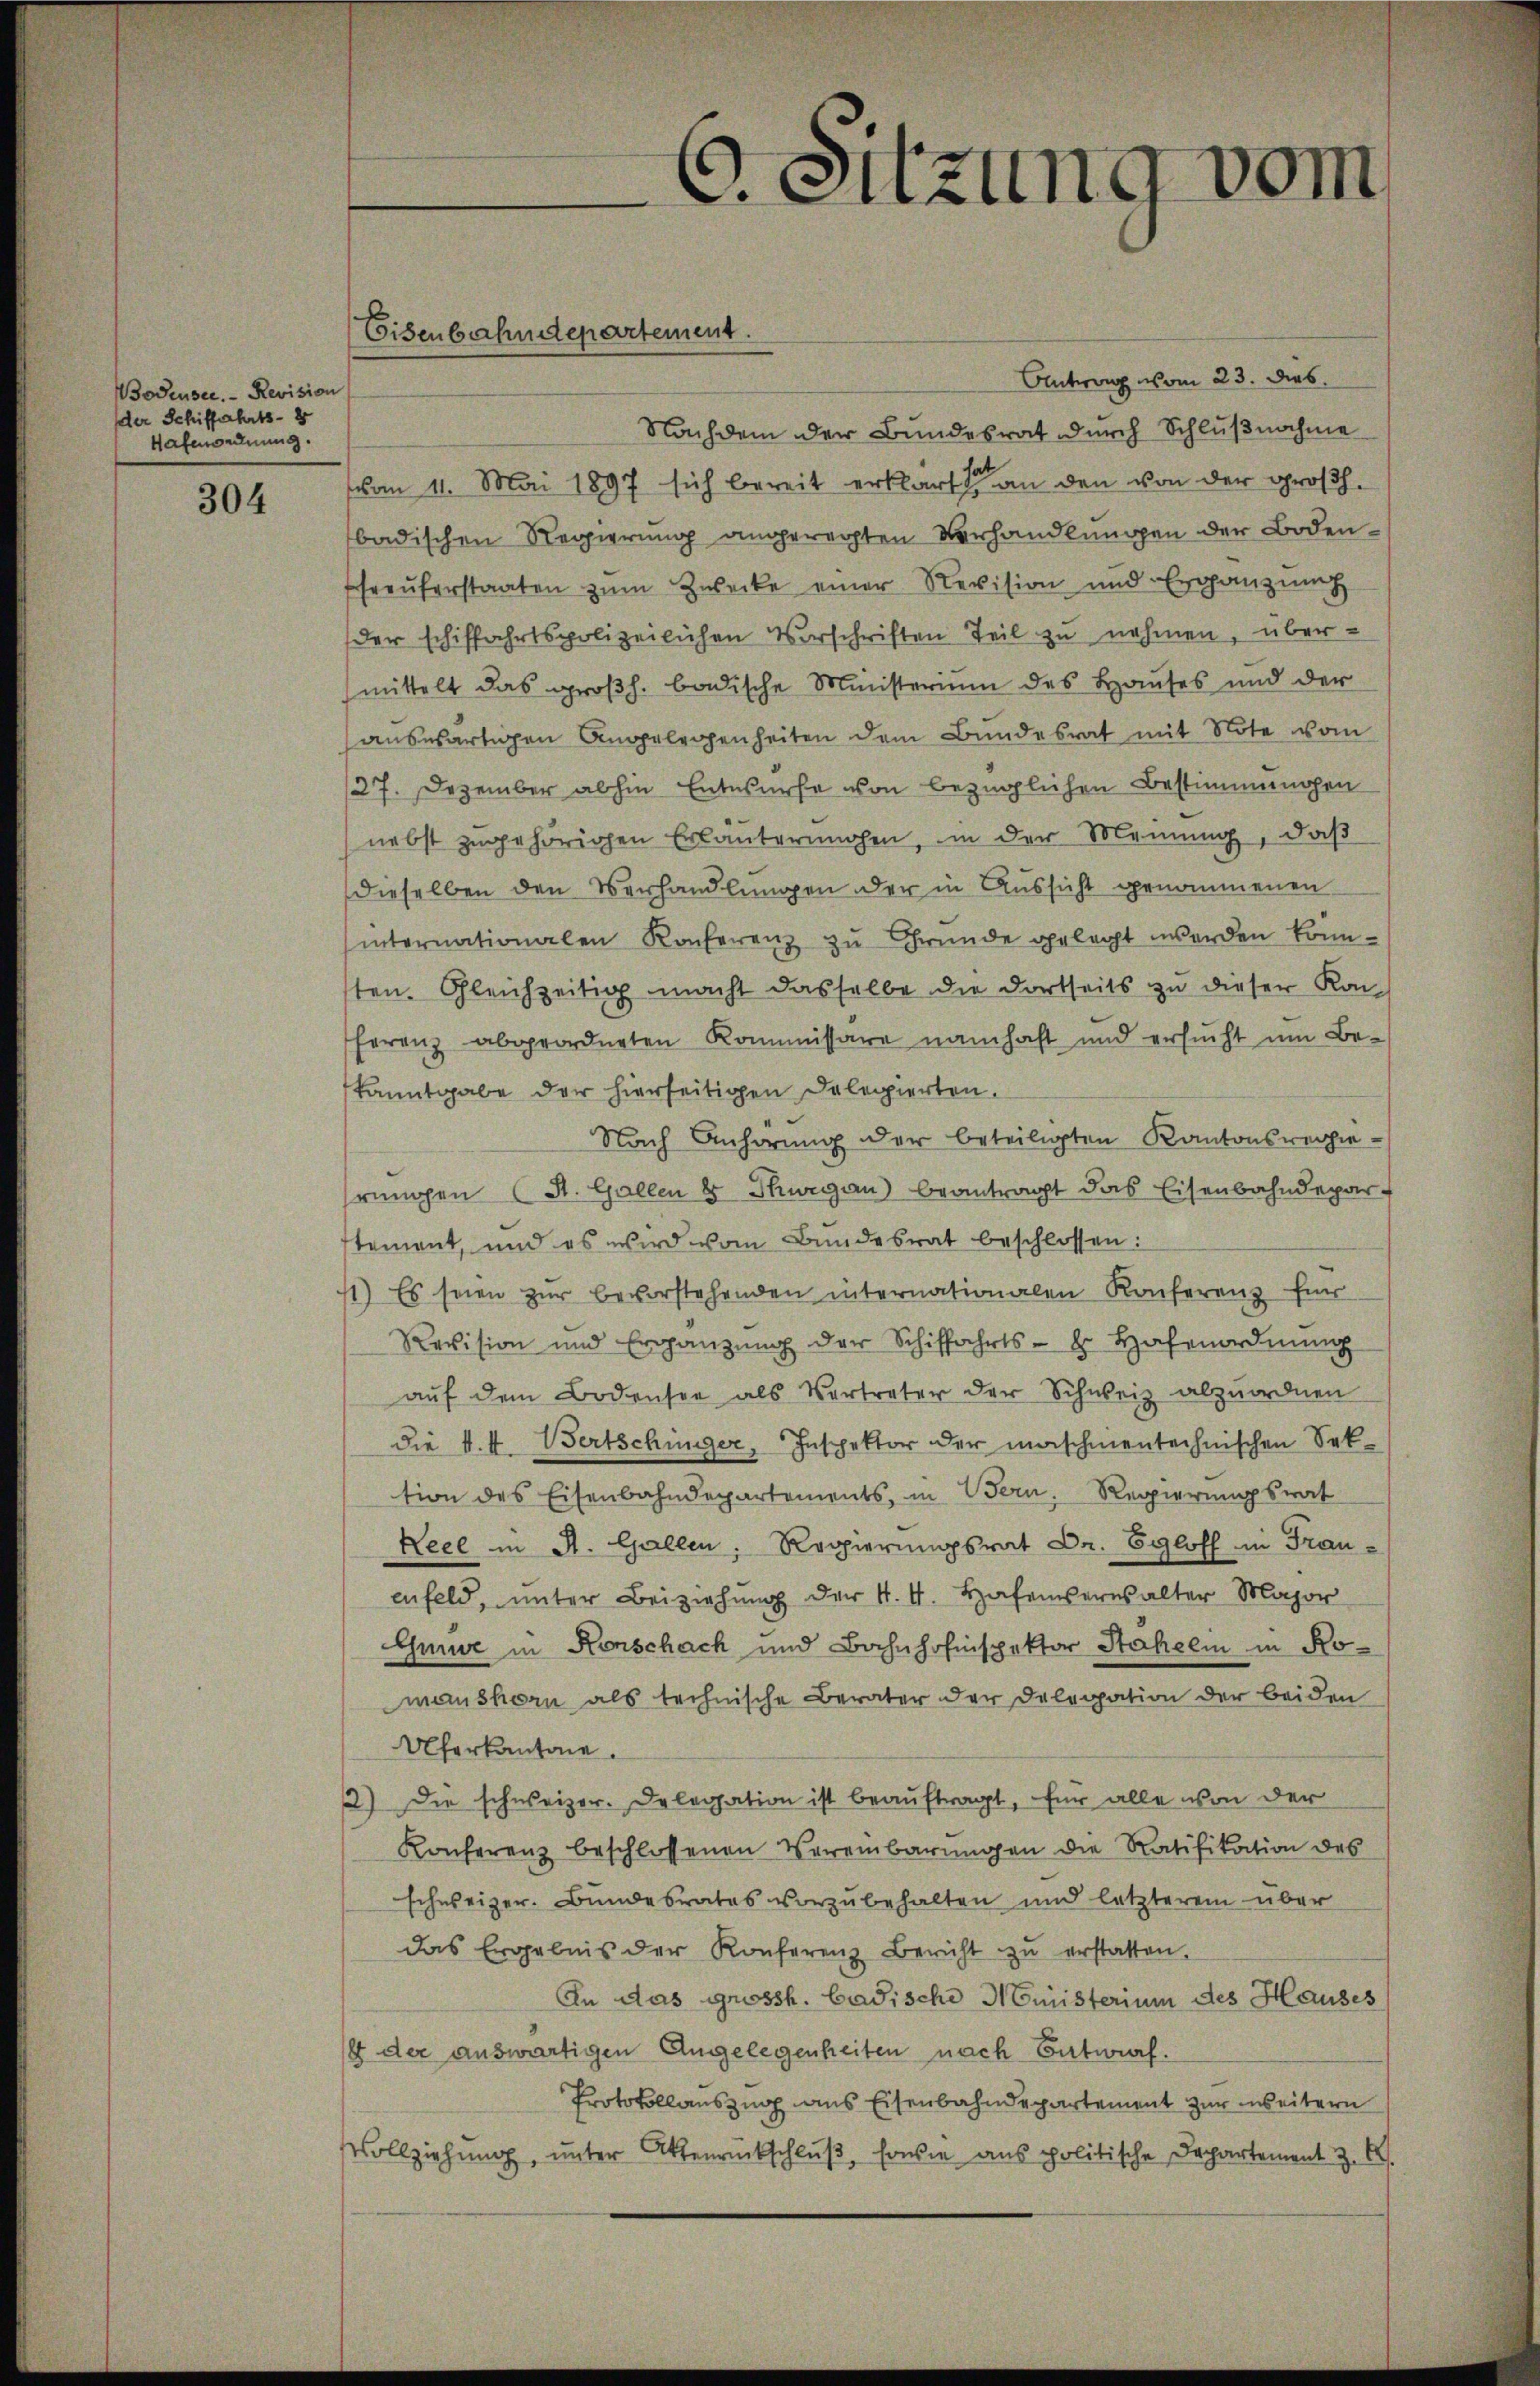
Bodensee. - Revision
der Schiffahrts- 2
Hafenordnung.

304

Eisenbahndepartement.

Antrag vom 23. dies
Nachdem der Bundesrat durch Schlußnahme
vom 11. Mai 1897 sich bereit erklärt sie an den von der großh.
badischen Regierung angerechten Verhandlungen der Bodenfreŭferstaaten zŭm Zwecke einer Revision und Ergänzŭng
der schiffahrtspolizeilichen Vorschriften Teil zu nehmen, übermittelt das großh. badische Ministerium des Hauses und der
auswärtigen Angelegenheiten dem Bundesrat mit Note vom
27. Dezember abhin Entwurfe von bezüglichen Bestimmungen
nebst zugehörigen Erläuterungen, in der Meinung, daß
dieselben den Verhandlungen der in Aussicht genommenen
internationalen Konferenz zu Grunde gelegt werden könnten. Gleichzeitig macht dasselbe die dortseits zu dieser Kon-
ferenz abgeordneten Kommissare namhaft und ersucht um Be-
kanntgabe der hierseitigen Delegierten.
Nach Anhörung der beteiligten Kantonsverhierungen (St. Gallen 8 Thurgau beantragt das Eisenbahndepartement, und es wird vom Bundesrat beschlossen:
1) Es seien zŭr bevorstehenden internationalen Konferenz für
Revision und Ergänzŭng der Schiffahrts- u. Hafenordnung
aŭf dem Bodensee als Vertreter der Schweiz abzuordnen
Die k. k. Bertschünger, Inspektor der maschinentechnischen Sektion des Eisenbahndepartements, in Bern. Regierungsrat
Neel in A. Gallen. Regierungsrat Dr. Egloff in Frauenfeld, unter Beiziehŭng der K. V. Hafenverwalter Major
Gune in Konschach und Bahnhofinspektor Stahelm in Komanshorn als technische Berater der Delegation der beiden
Uferkantone.
2) Die schweizer. Delegation ist beauftragt, für alle von der
Konferenz beschlossenen Vereinbarŭngen die Ratifikation des
schweizer. Bundesrates vorzubehalten und letzterem über
das Ergebnis der Konferenz Bericht zŭ erstatten.
An das grossh. badische Ministerium des Hauses
s der auswärtigen Angelegenheiten nach Entwurf.
Protokollauszug aus Eisenbahndepartement zur weitern
Vollziehung, unter Aktenrückschluß, sowie aus politische Departement z.

C. Sitzung vom